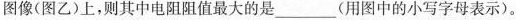
图像(图乙)上，则其中电阻阻值最大的是___(用图中的小写字母表示)。